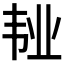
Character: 𲊥